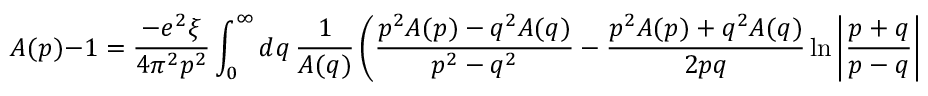
A ( p ) - 1 = \frac { - e ^ { 2 } \xi } { 4 \pi ^ { 2 } p ^ { 2 } } \int _ { 0 } ^ { \infty } d q \, \frac { 1 } { A ( q ) } \left( \frac { p ^ { 2 } A ( p ) - q ^ { 2 } A ( q ) } { p ^ { 2 } - q ^ { 2 } } - \frac { p ^ { 2 } A ( p ) + q ^ { 2 } A ( q ) } { 2 p q } \ln \left| \frac { p + q } { p - q } \right| \right) ,